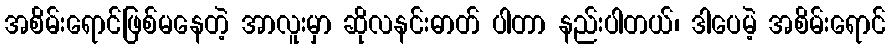
အစိမ်းရောင်ဖြစ်မနေတဲ့ အာလူးမှာ ဆိုလနင်းဓာတ် ပါတာ နည်းပါတယ်၊ ဒါပေမဲ့ အစိမ်းရောင်